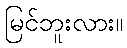
မြင်ဘူးလား။